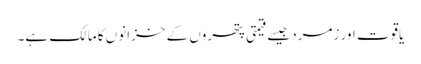
یاقوت اور زمرد جیسے قیمتی پتھروں کے خزانوں کا مالک ہے۔